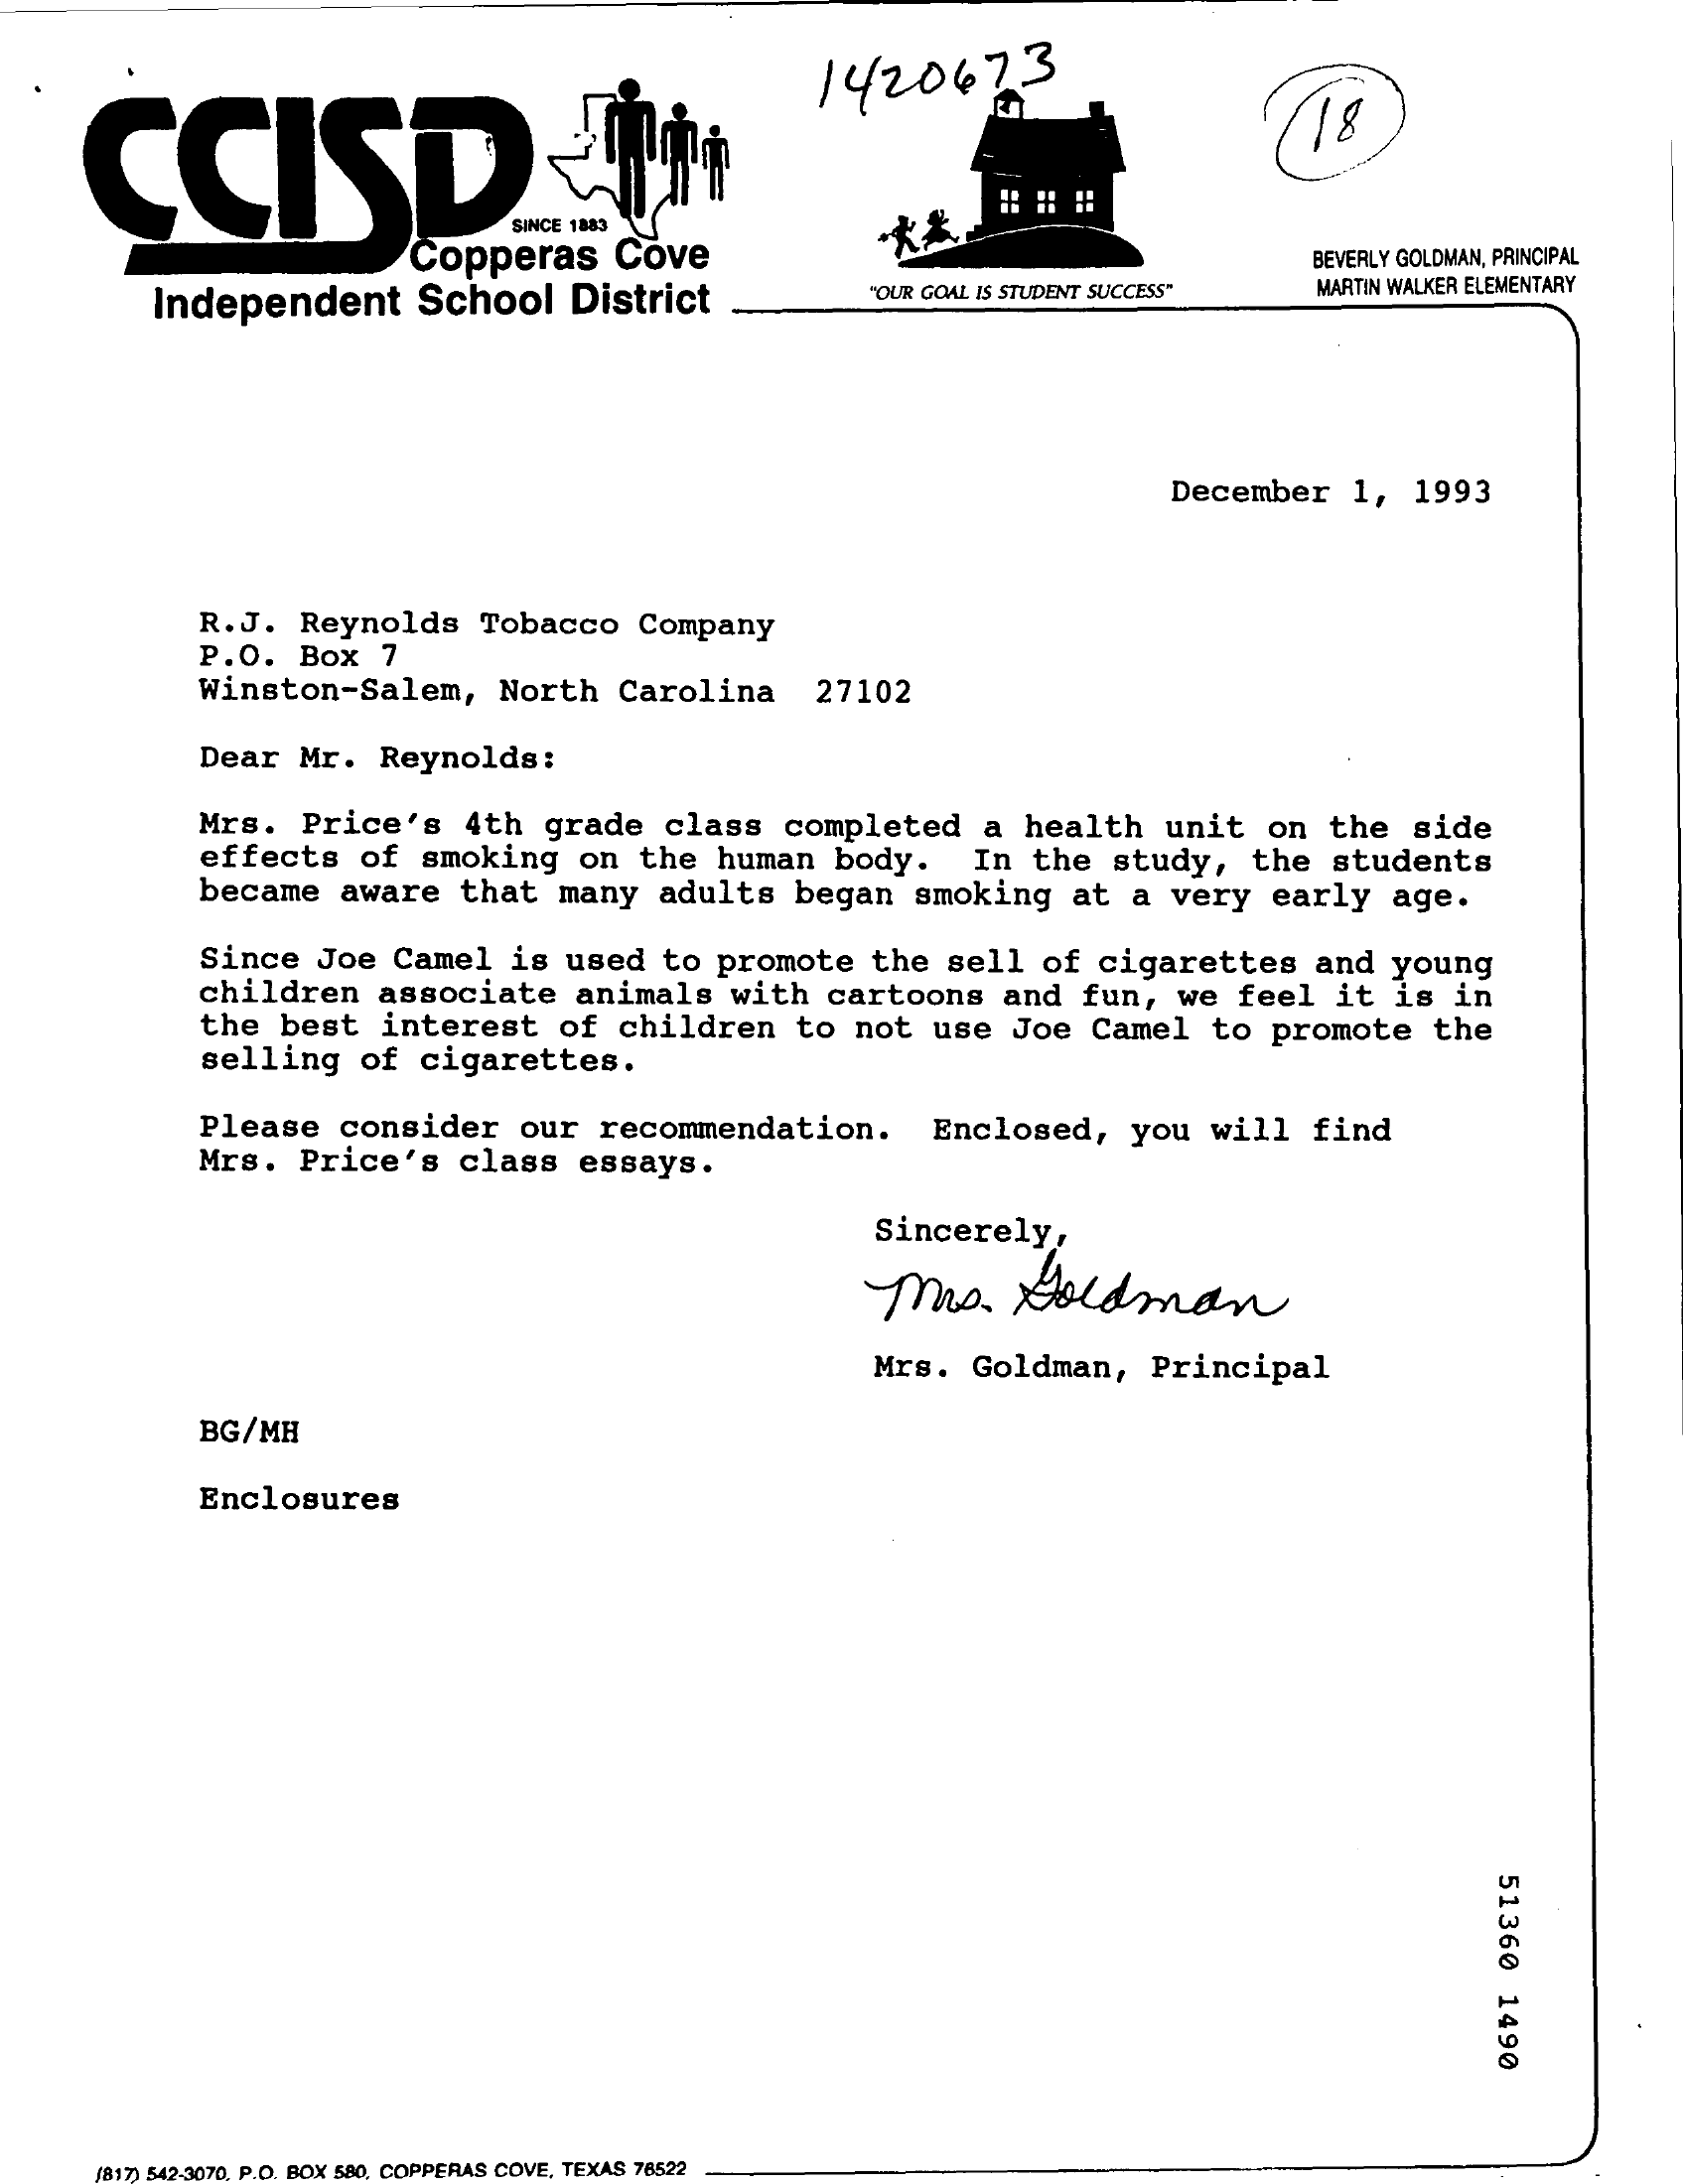
CCISD    !
     1420473
     18
     BEVERLY GOLDMAN, PRINCIPAL
     Independent  School  District    "OUR GOAL IS STUDENT SUCCESS" MARTIN WALKER ELEMENTARY
     December 1, 1993
     R.J. Reynolds Tobacco Company
     P.O. Box 7
     Winston-Salem, North Carolina  27102
     Dear Mr. Reynolds:
     Mrs. Price's 4th  grade class completed a health unit on the side
     effects of smoking on the human body.  In the study, the students
     became aware that many adults began smoking at a very early age.
     Since Joe Camel is used to promote the sell of cigarettes and young
     children associate animals with cartoons and fun, we feel it is in
     the best interest of children to not use Joe Camel to promote  the
     selling of cigarettes.
     Please consider our recommendation.  Enclosed, you will find
     Mrs. Price's class essays.
     Sincerely,
     Mrs.   Goldman
     Mrs. Goldman, Principal
     BG/MH
     Enclosures
     51360
     1490
     [817) 54 2-3070. P.O. BOX 580, COPPERAS COVE, TEXAS 78522